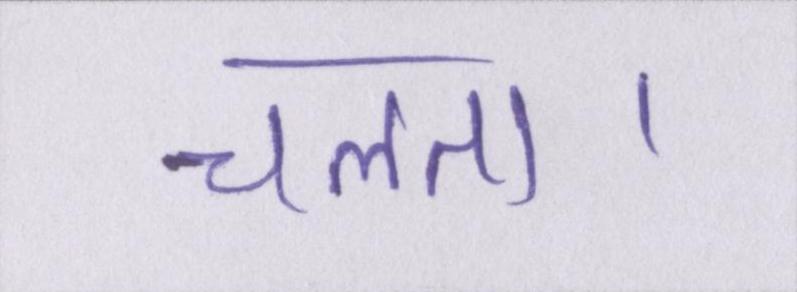
चलता।